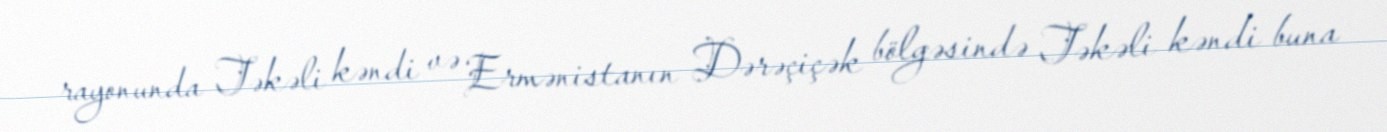
rayonunda Təkəli kəndi və Ermənistanın Dərəçiçək bölgəsində Təkəli kəndi buna